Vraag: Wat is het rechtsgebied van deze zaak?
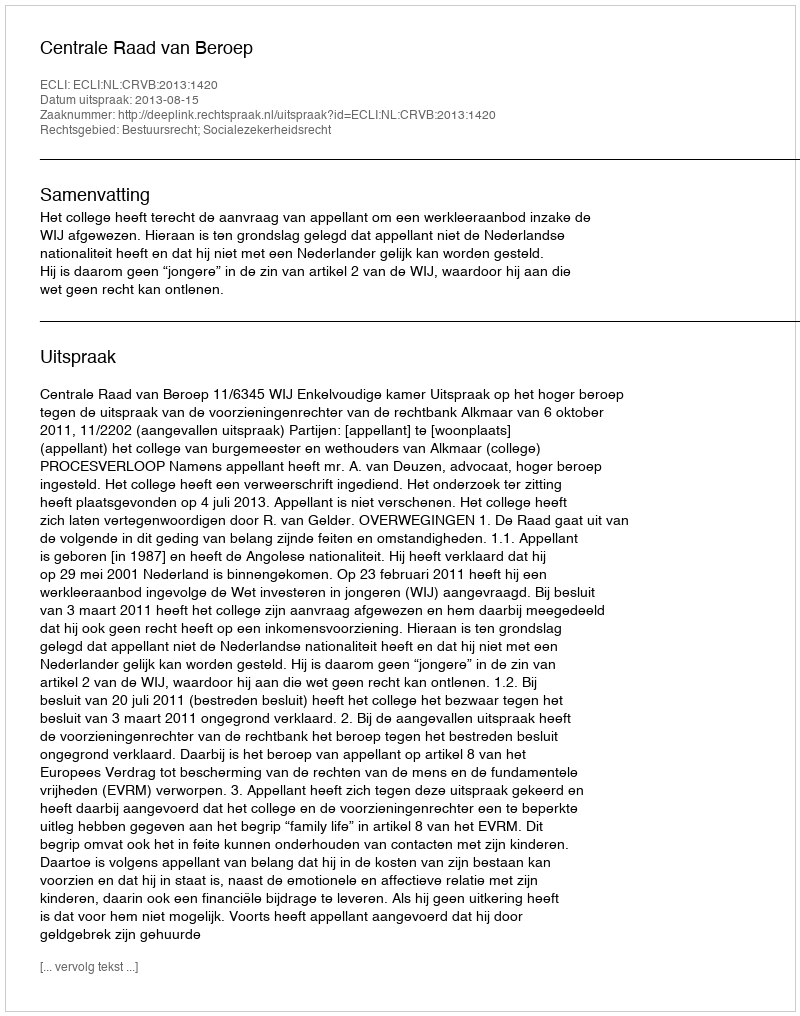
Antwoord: Bestuursrecht; Socialezekerheidsrecht